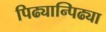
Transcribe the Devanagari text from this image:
पिढ्यान्पिढ्या